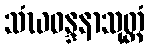
သံဃဝန္ဒနာသုတ္တံ